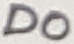
Text: D0